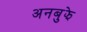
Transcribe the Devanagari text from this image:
अनबुझे